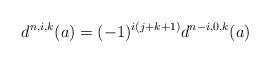
\begin{align*}d^{n,i,k}(a)=(-1)^{i(j+k+1)} d^{n-i,0,k}(a)\end{align*}